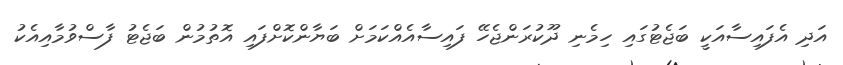
އަދި އެފައިސާއަކީ ބަޖެޓުގައި ހިމެނި ދޫކުރަންޖެހޭ ފައިސާއެއްކަމަށް ބަޔާންކޮށްފައި އޮތުމުން ބަޖެޓު ފާސްވުމާއިއެކު